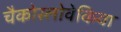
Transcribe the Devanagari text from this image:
चैकोस्लोवेकिया